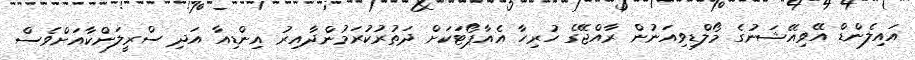
އައިލެންޑް އޭވިއޭޝަނުގެ މޯލްޑިވިއަނުން ރާއްޖޭގެ ހުރިހާ އެއާޕޯޓަކަށް ދަތުރުކުރަމުންދާއިރު އިންޑިއާ އަދި ސްރީލަންކާއަށްވެސް